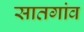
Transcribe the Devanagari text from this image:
सातगांव